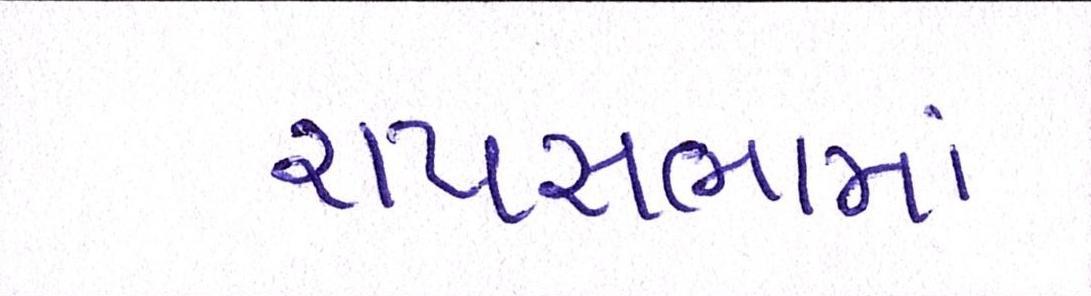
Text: રાયસભામાં